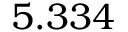
5 . 3 3 4